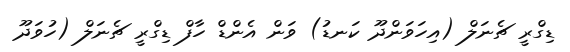
ޑިގްރީ ޗެނަލް (އިހަވަންދޫ ކަނޑު) ވަން އެންޑް ހާފް ޑިގްރީ ޗެނަލް (ހުވަދޫ